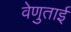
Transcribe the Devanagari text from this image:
वेणुताई